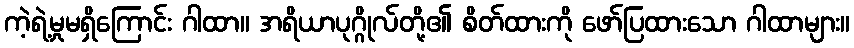
ကဲ့ရဲ့မှုမရှိကြောင်း ဂါထာ။ အရိယာပုဂ္ဂိုလ်တို့၏ စိတ်ထားကို ဖော်ပြထားသော ဂါထာများ။